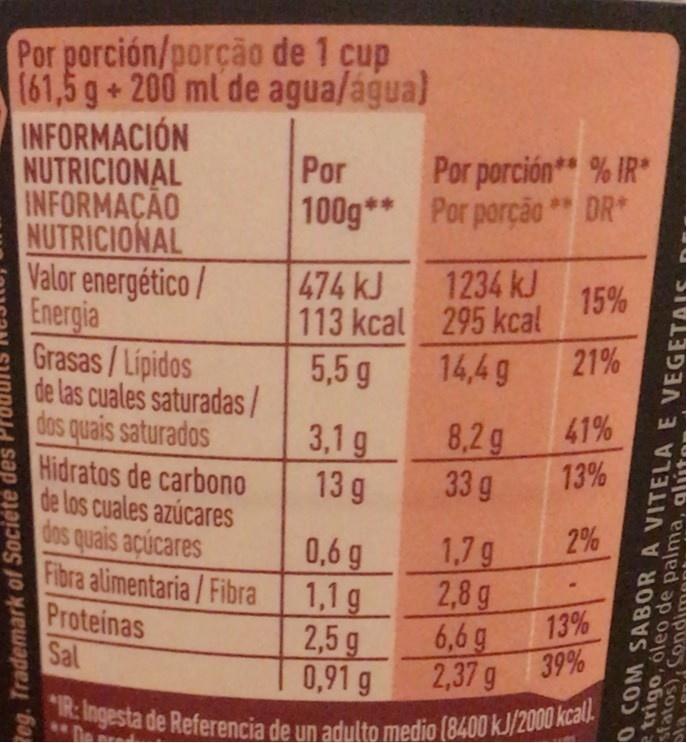
Por porción/porção de 1 cup (61,5 g+200 ml de agua/água) INFORMACION NUTRICIONAL INFORMAÇÃO NUTRICIONAL Valor energético/ Energia Grasas/Lipidos de las cuales saturadas/ dos quais saturados Hidratos de carbono de los cuales azúcares dos quais açúcares Fibra alimentaria/ Fibra Proteinas Sal
Por porción* % IR 100g* Por porção ** DR*
Por
474 kJ
1234 kJ
15% 113 kcal 295 kcal 21%
5,5 g
14,4g
41%
3,1 g 13 g
8,2 g 33 g
13%
2%
0,6 g 1,1 g 2,5 g 0,91 g
1,7g 2,8g
13%
6,6 g 39% 2,37 g
IR: Ingesta de Referencia de un adulto medio (8400 kJ/2000 kcall.
eg. Trademark of Sociéte des
O COM SABOR A VITELA E VEGETAIS trigo, óleo de palma, alta Matos), Condi